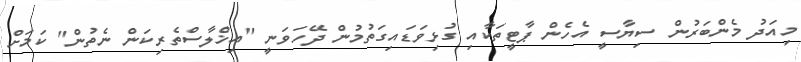
މިއަދު މެންބަރުން ސިޔާސީ އެހެން ޕާޓީތަކާއި ގުޅިވަޑައިގަތުމުން ދޭހަވަނީ "އިޚްލާސްތެރިކަން ނެތުން" ކަމަށް